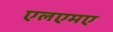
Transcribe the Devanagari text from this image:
एलएमए